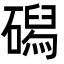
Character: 磶